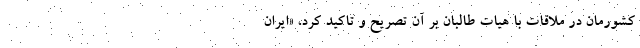
کشورمان در ملاقات با هیات طالبان بر آن تصریح و تاکید کرد، «ایران